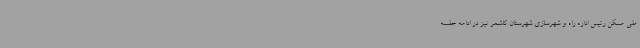
ملی مسکن رئیس اداره راه و شهرسازی شهرستان کاشمر نیز در ادامه جلسه